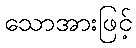
သောအားဖြင့်